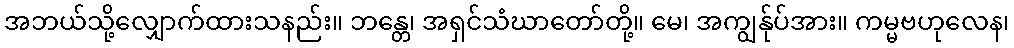
အဘယ်သို့လျှောက်ထားသနည်း။ ဘန္တေ၊ အရှင်သံဃာတော်တို့။ မေ၊ အကျွန်ုပ်အား။ ကမ္မဗဟုလေန၊